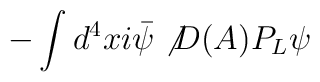
-\int d^4 x i \bar{\psi} \not{D(A)} P_L \psi